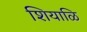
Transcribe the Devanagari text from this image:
शियाळि